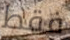
فقط